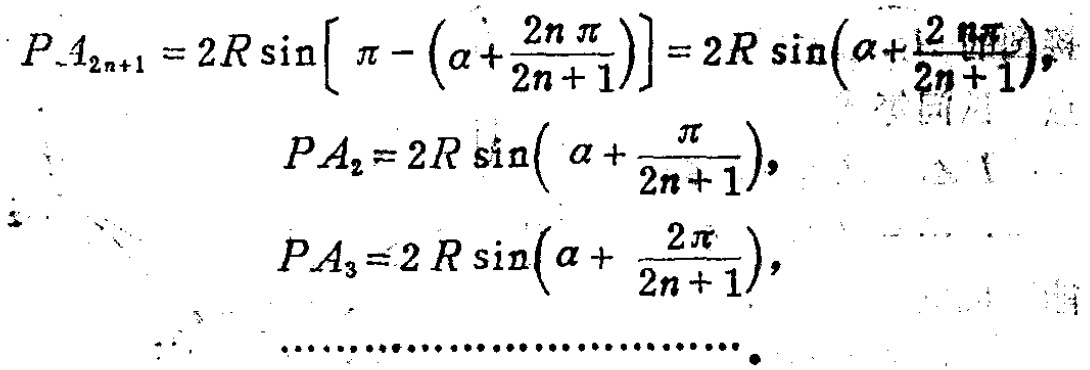
\[
\begin{align*}
P A_{2n + 1}&=2R\sin\left[\pi - \left(\alpha+\frac{2n\pi}{2n + 1}\right)\right]=2R\sin\left(\alpha+\frac{2n\pi}{2n + 1}\right),\\
P A_{2}&=2R\sin\left(\alpha+\frac{\pi}{2n + 1}\right),\\
P A_{3}&=2R\sin\left(\alpha+\frac{2\pi}{2n + 1}\right),\\
&\cdots\cdots\cdots\cdots\cdots\cdots\cdots\cdots
\end{align*}
\]